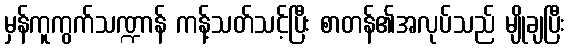
မှန်ကူကွက်သဏ္ဍာန် ကန့်သတ်သင့်ပြီး စာတန်၏အလုပ်သည် မျိုချပြီး